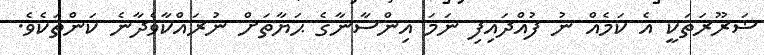
ޟަރޫރަތަކީ އެ ކަމެއް ނު ފުއްދައިފި ނަމަ އިންސާނާގެ ޙަޔާތަށް ނުރައްކާވެދާނެ ކަންތަކެވެ.